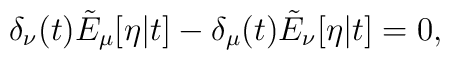
\delta_\nu(t) \tilde{E}_\mu[\eta|t] - \delta_\mu(t) \tilde{E}_\nu[\eta|t] = 0,